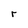
Character: r